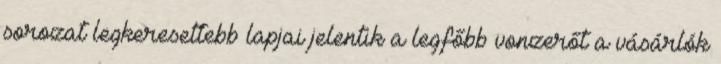
sorozat legkeresettebb lapjai jelentik a legfőbb vonzerőt a vásárlók